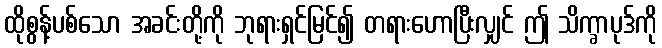
ထိုစွန့်ပစ်သော အခင်းတို့ကို ဘုရားရှင်မြင်၍ တရားဟောပြီးလျှင် ဤ သိက္ခာပုဒ်ကို